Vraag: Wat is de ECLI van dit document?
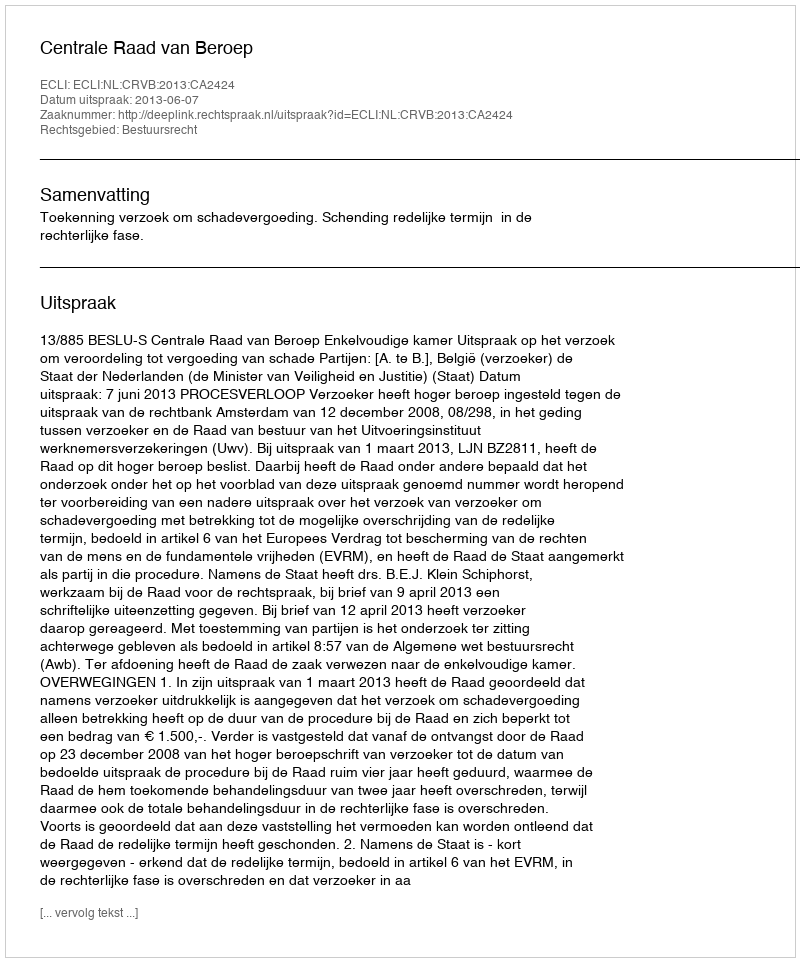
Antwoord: ECLI:NL:CRVB:2013:CA2424